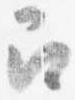
召